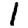
Digit: 1